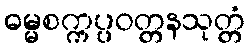
ဓမ္မစက္ကပ္ပဝတ္တနသုတ္တံ